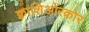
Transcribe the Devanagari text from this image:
क्वाशिओरकोर